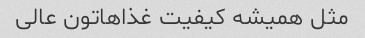
مثل همیشه کیفیت غذاهاتون عالی